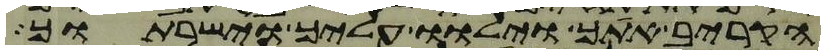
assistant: הקריב אתך וילוו עליך וישרתוך